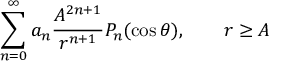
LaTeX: \sum _ { n = 0 } ^ { \infty } a _ { n } { \frac { A ^ { 2 n + 1 } } { r ^ { n + 1 } } } P _ { n } ( \cos \theta ) , \qquad r \geq A